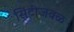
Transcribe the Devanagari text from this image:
सिटीजवळ